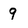
Character: 9